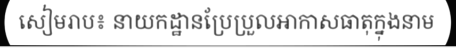
សៀមរាប៖ នាយកដ្ឋានប្រែប្រួលអាកាសធាតុក្នុងនាម